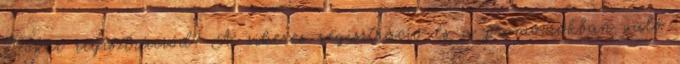
Poker regisztrációd? A sikeres regisztráció és a promóciókban való